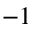
^ { - 1 }